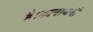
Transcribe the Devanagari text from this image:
है।कामायनी